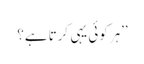
’’ہر کوئی یہی کرتا ہے؟